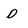
Character: D